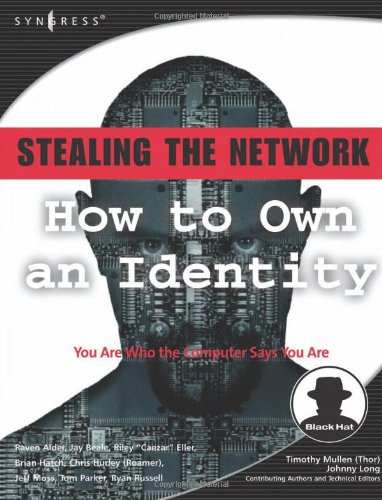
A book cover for Stealing the Network: How to Own an Identity; Ryan Russell; Computers & Technology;